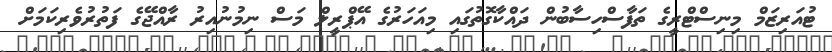
ޓުއަރިޒަމް މިނިސްޓްރީގެ ތަފާސްހިސާބުން ދައްކާގޮތުގައި މިއަހަރުގެ އޭޕްރީލް މަސް ނިމުނުއިރު ރާއްޖޭގެ ފަތުރުވެރިކަމަށް